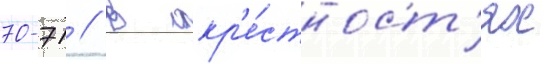
70-71 // В окр'е́стност'ях